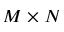
M \times N